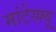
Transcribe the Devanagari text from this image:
मांटेस्क्यू